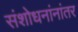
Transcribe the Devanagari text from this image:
संशोधनांनांतर